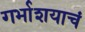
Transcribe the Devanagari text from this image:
गर्भाशयाचं